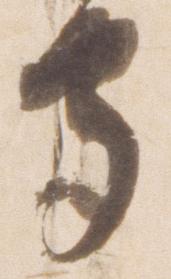
守